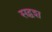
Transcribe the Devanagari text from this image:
सद्वश